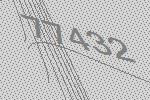
77432